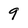
Character: 9